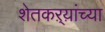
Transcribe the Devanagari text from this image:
शेतकऱ्य़ांच्या